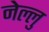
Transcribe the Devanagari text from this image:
नेल्लु